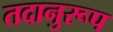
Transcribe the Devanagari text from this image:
तदानुरूप